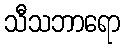
သီသဘာရော